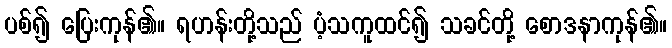
ပစ်၍ ပြေးကုန်၏။ ရဟန်းတို့သည် ပံ့သကူထင်၍ သခင်တို့ စောဒနာကုန်၏။